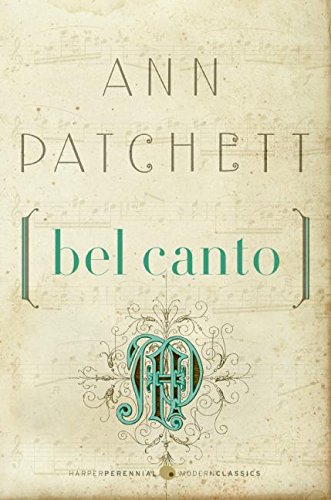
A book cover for Bel Canto (P.S.); Ann Patchett; Cookbooks, Food & Wine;